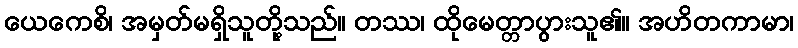
ယေကေစိ၊ အမှတ်မရှိသူတို့သည်။ တဿ၊ ထိုမေတ္တာပွားသူ၏။ အဟိတကာမာ၊